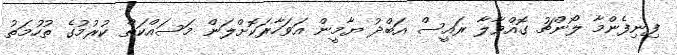
ފިނިފެންމާ ލޯންޗު ގޮއްވާލާ ރައީސް އަބްދު ޔާމީން އަވަހާރަކޮށްލަން މަސައްކަތް ކުރުމުގެ ތުހުމަތު